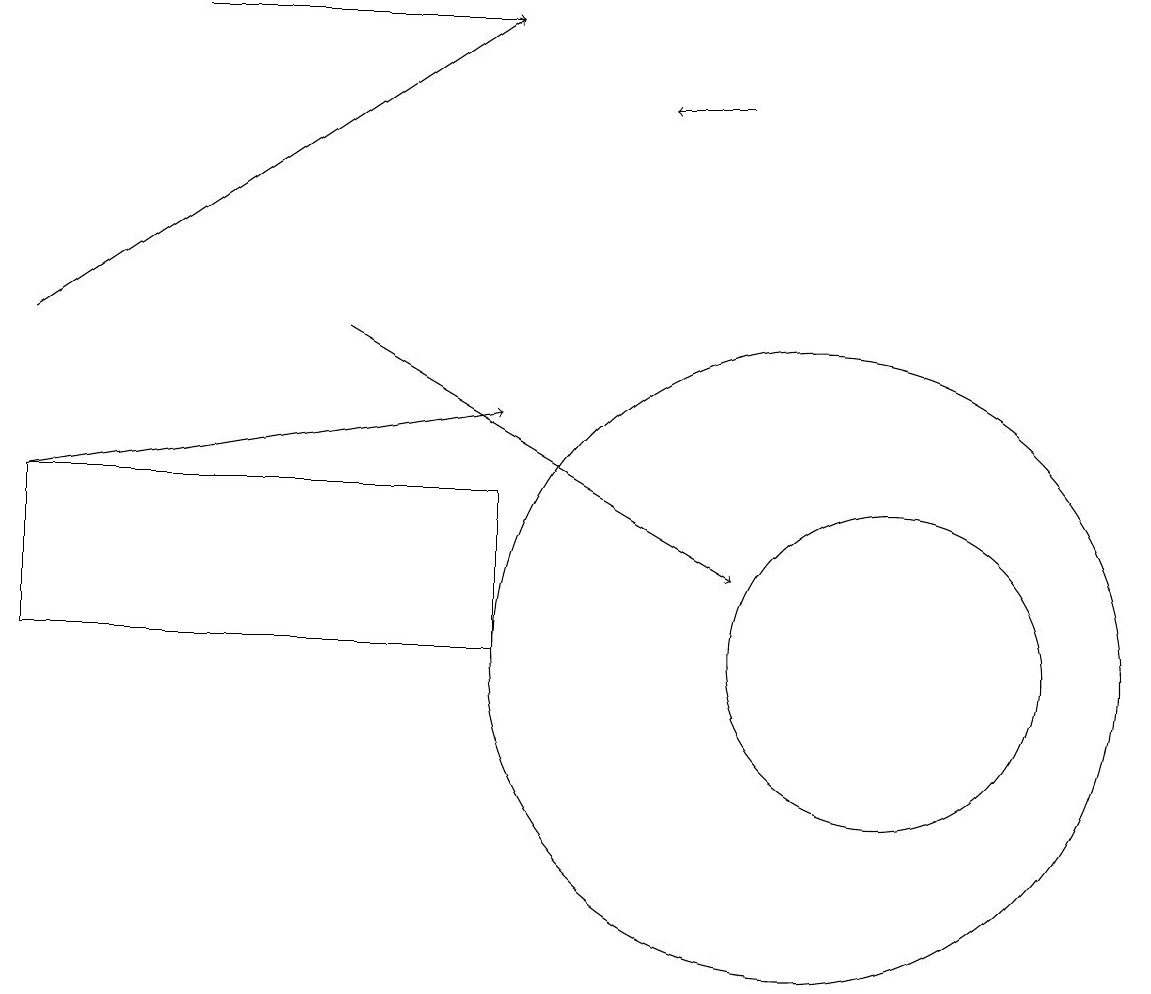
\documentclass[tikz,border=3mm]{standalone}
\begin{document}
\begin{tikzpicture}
\draw (0,10) rectangle (6,12);
\draw[->] (0,12) -- (6,13);
\draw (11,10) circle (2);
\draw (10,10) circle (4);
\draw[->] (2,18) -- (6,18);
\draw[->] (9,17) -- (8,17);
\draw[->] (0,14) -- (6,18);
\draw[->] (4,14) -- (9,11);
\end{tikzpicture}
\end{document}